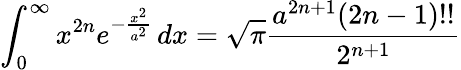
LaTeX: \int_{0}^{\infty}x^{2n}e^{-{\frac{x^{2}}{a^{2}}}}\, dx={\sqrt{\pi}}{\frac{a^{2n+1}(2n-1)!!}{2^{n+1}}}